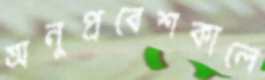
অনুপ্রবেশকালে